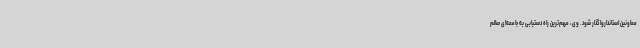
معاونین استاندارواگذار شود. وی، مهم‌ترین راه دستیابی به جامعه‌ای سالم